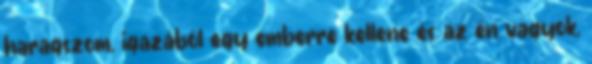
haragszom, igazából egy emberre kellene és az én vagyok,